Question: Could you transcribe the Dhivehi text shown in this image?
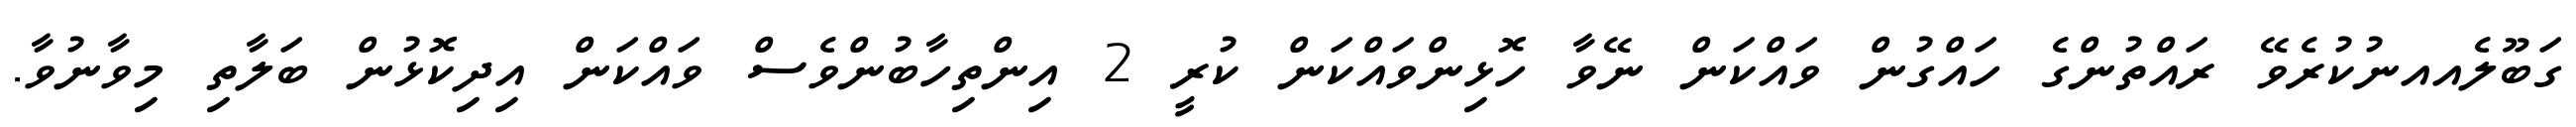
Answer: ގަބޫލެއއނުކުރެވޭ ރައްތުންގެ ހައްގުން ވައްކަން ނޭވާ ހޮޅިންވައްކަން ކުރީ 2 އިންތިހާބުންވެސް ވައްކަން އިދިކޮޅުން ބަލާތި މިވާނުވާ.